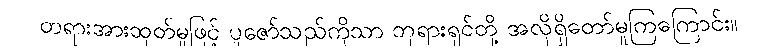
တရားအားထုတ်မှုဖြင့် ပူဇော်သည်ကိုသာ ဘုရားရှင်တို့ အလိုရှိတော်မူကြကြောင်း။